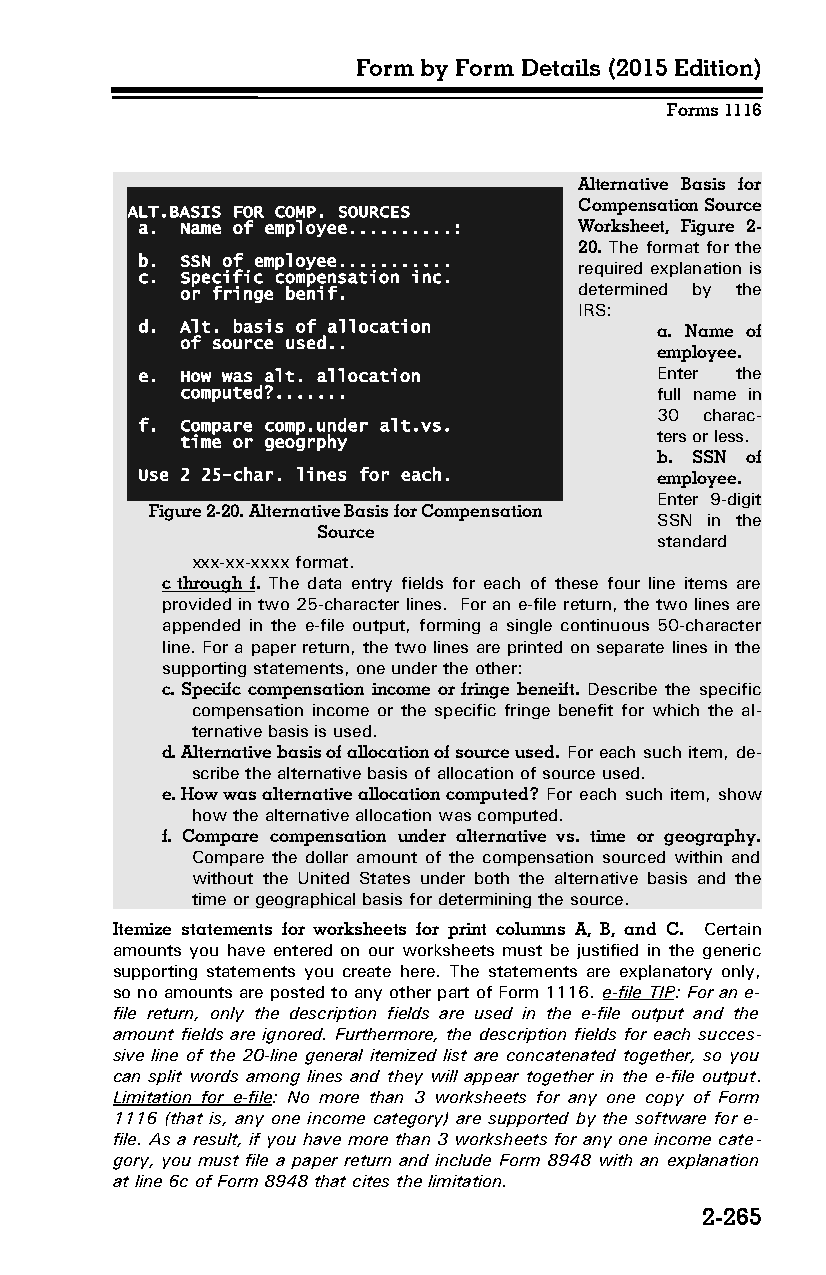
Form by Form Details (2015 Edition)
 Forms 1116
 Alternative Basis for
 Compensation Source
 ALT.BASIS FOR COMP. SOURCES
 a. Name of employee..........: Worksheet, Figure 2-
 20. The format for the
 b. SSN of employee...........
 required explanation is
 c. Specific compensation inc.
 or fringe benif.          determined by the
 IRS:
 d. Alt. basis of allocation       a. Name of
 of source used..
 employee.
 e. How was alt. allocation        Enter the
 computed?.......               full name in
 30 charac­
 f. Compare comp.under alt.vs.
 time or geogrphy               ters or less.
 b. SSN of
 Use 2 25-char. lines for each.    employee.
 Enter 9-digit
 Figure 2-20. Alternative Basis for Compensation
 SSN in the
 Source
 standard
 xxx-xx-xxxx format.
 c through f. The data entry fields for each of these four line items are
 provided in two 25-character lines. For an e-file return, the two lines are
 appended in the e-file output, forming a single continuous 50-character
 line. For a paper return, the two lines are printed on separate lines in the
 supporting statements, one under the other:
 c. Specifc compensation income or fringe beneift. Describe the specific
 compensation income or the specific fringe benefit for which the al­
 ternative basis is used.
 d. Alternative basis of allocation of source used. For each such item, de­
 scribe the alternative basis of allocation of source used.
 e. How was alternative allocation computed? For each such item, show
 how the alternative allocation was computed.
 f. Compare compensation under alternative vs. time or geography.
 Compare the dollar amount of the compensation sourced within and
 without the United States under both the alternative basis and the
 time or geographical basis for determining the source.
 Itemize statements for worksheets for print columns A, B, and C. Certain
 amounts you have entered on our worksheets must be justified in the generic
 supporting statements you create here. The statements are explanatory only,
 so no amounts are posted to any other part of Form 1116. e-file TIP: For an e-
 file return, only the description fields are used in the e-file output and the
 amount fields are ignored. Furthermore, the description fields for each succes­
 sive line of the 20-line general itemized list are concatenated together, so you
 can split words among lines and they will appear together in the e-file output.
 Limitation for e-file: No more than 3 worksheets for any one copy of Form
 1116 (that is, any one income category) are supported by the software for e-
 file. As a result, if you have more than 3 worksheets for any one income cate­
 gory, you must file a paper return and include Form 8948 with an explanation
 at line 6c of Form 8948 that cites the limitation.
 2-265